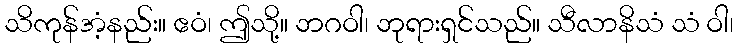
သိကုန်အံ့နည်း။ ဧဝံ၊ ဤသို့။ ဘဂဝါ၊ ဘုရားရှင်သည်။ သီလာနိသံ သံ ဝါ၊